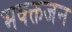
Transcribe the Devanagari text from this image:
भक्क्तजन